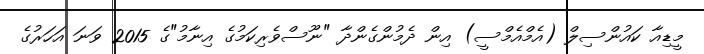
މީޑިއާ ކައުންސިލް (އެމްއެމްސީ) އިން ދެމުންގެންދާ "ނޫސްވެރިކަމުގެ އިނާމު"ގެ 2015 ވަނަ އަހަރުގެ